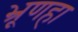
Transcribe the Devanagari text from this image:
भ्रूणहा